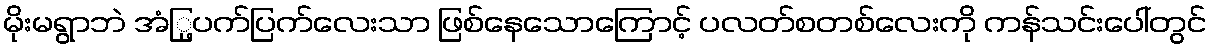
မိုးမရွာဘဲ အံြု့ပက်ပြက်လေးသာ ဖြစ်နေသောကြောင့် ပလတ်စတစ်လေးကို ကန်သင်းပေါ်တွင်